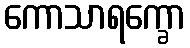
ကောသာရက္ခော